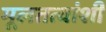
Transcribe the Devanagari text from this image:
मूलतत्वांशी